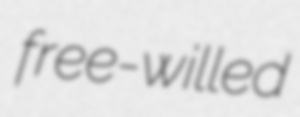
free-willed